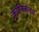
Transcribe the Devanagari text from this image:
क्रॉनिकलस